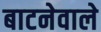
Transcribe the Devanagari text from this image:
बाटनेवाले